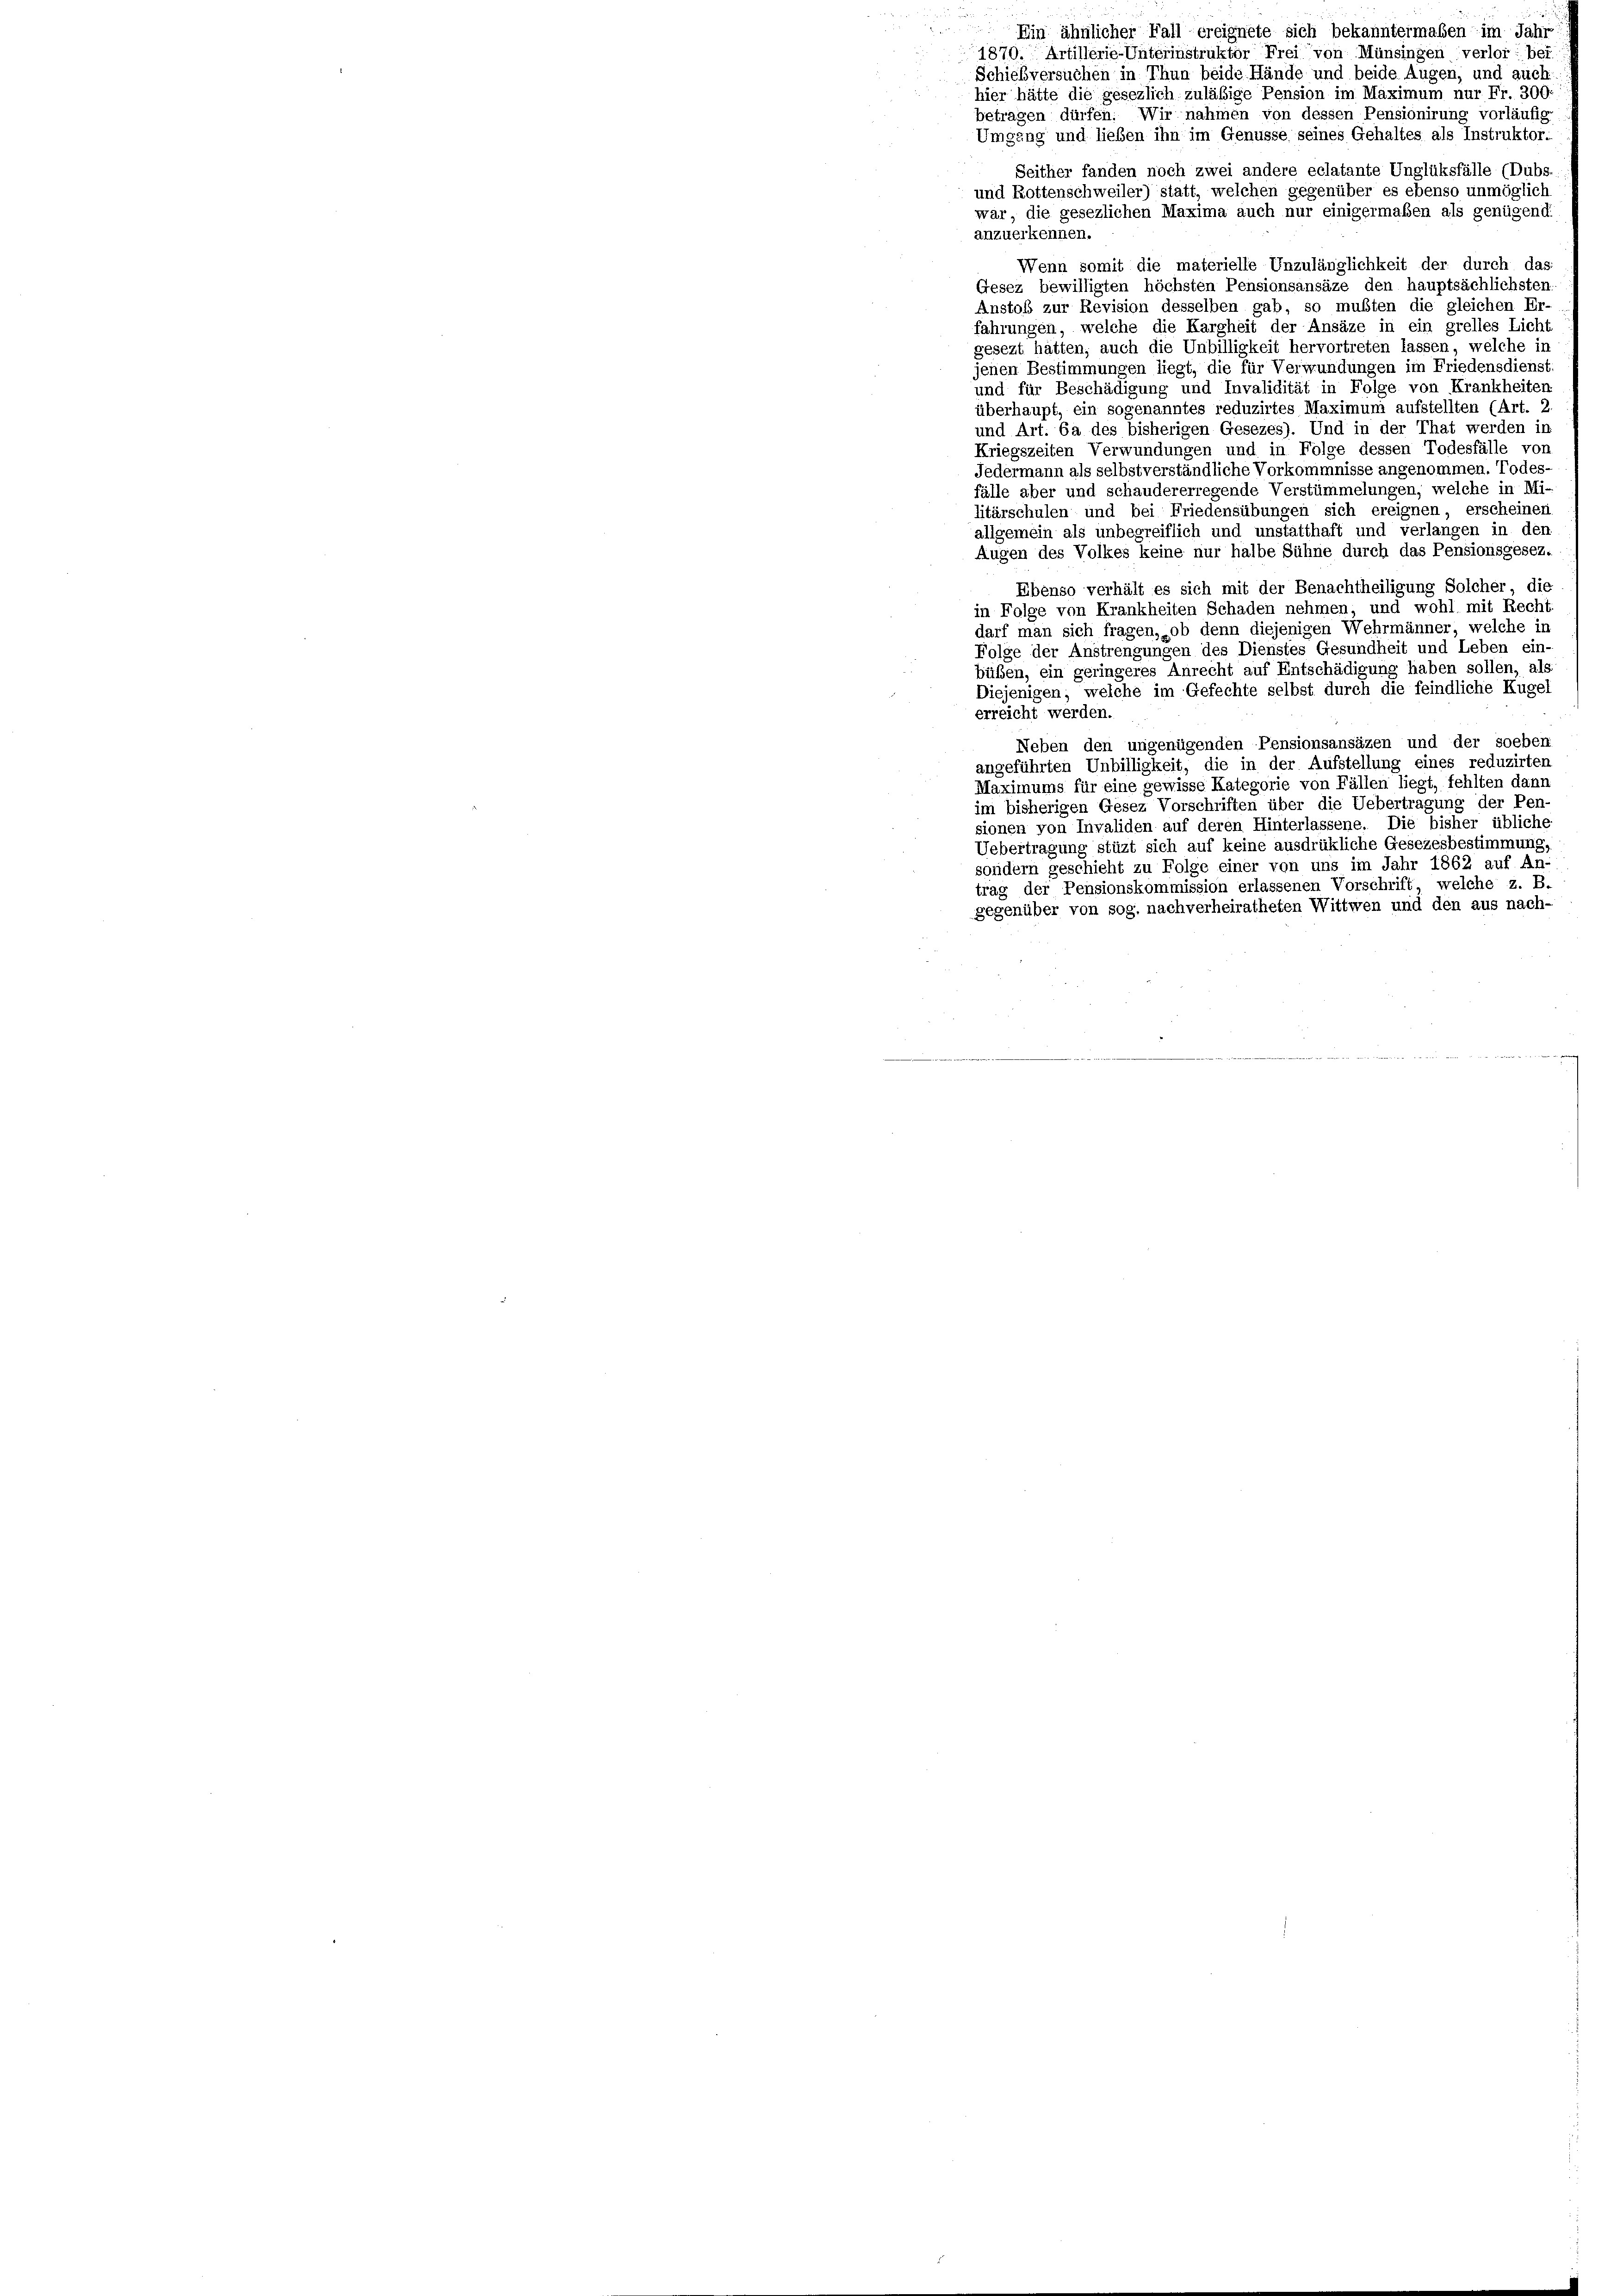
Ein ähnlicher Fall ereignete sich bekanntermaßen im Jahr
1870. Artillerie-Unterinstruktor Frei von Münsingen verlor; bei
Schießversuchen in Thun beide Hände und beide Augen, und auch
hier hätte die gesezlich zuläßige Pension im Maximum nur Fr. 300.
betragen dürfen. Wir nahmen von dessen Pensionirung vorläufig
Umgang und lieben ihn im Genüsse seines Gehaltes als Instruktor.
Seither fanden noch zwei andere eclatante Unglüksfälle (Dubs-
und Rottenschweiler) statt, welchen gegenüber es ebenso unmöglich
war, die gesezlichen Maxima auch nur einigermaßen als genügend
anzuerkennen.
Wenn somit die materielle Unzulänglichkeit der durch das
Gesez bewilligten höchsten Pensionsansäze den hauptsächlichsten
Anstoß zur Revision desselben gab, so mußten die gleichen Er-
fahrungen, welche die Kargheit der Ansäze in ein grelles Licht
gesezt hätten, auch die Unbilligkeit hervortreten lassen, welche in
jenen Bestimmungen liegt, die für Verwundungen im Friedensdienst,
und für Beschädigung und Invalidität in Folge von Krankheiten
überhaupt, ein sogenanntes reduzirtes Maximum aufstellten (Art. 2
und Art. 6a des bisherigen Gesezes). Und in der That werden in
Kriegszeiten Verwundungen und in Folge dessen Todesfälle von
Jedermann als selbstverständliche Vorkommnisse angenommen. Todes
fälle aber und schaudererregende Verstümmelungen, welche in Mi-
litärschulen und bei Friedensübungen sich ereignen, erscheinen
allgemein als unbegreiflich und unstatthaft und verlangen in den
Augen des Volkes keine nur halbe Sühne durch das Pensionsgesez¬
Ebenso verhält es sich mit der Benachtheiligung Solcher, die
in Folge von Krankheiten Schaden nehmen, und wohl mit Recht
darf man sich fragen, ob denn diejenigen Wehrmänner, welche in
Folge der Anstrengungen des Dienstes Gesundheit und Leben ein-
hüben, ein geringeres Anrecht auf Entschädigung haben sollen, als
Diejenigen; welche im Gefechte selbst durch die feindliche Kugel
erreicht werden.
Neben den ungenügenden Pensionsansäzen und der soeben
angeführten Unbilligkeit, die in der Aufstellung eines reduzirten
Maximums für eine gewisse Kategorie von Fällen liegt, fehlten dann
im bisherigen Gesez Vorschriften über die Uebertragung der Pen-
sionen von Invaliden auf deren Hinterlassene. Die bisher übliche
Uebertragung stüzt sich auf keine ausdrükliche Gesezesbestimmung,
sondern geschieht zu Folge einer von uns im Jahr 1862 auf An-
trag der Pensionskommission erlassenen Vorschrift, welche z. B.
gegenüber von sog. nachverheiratheten Wittwen und den aus nach-